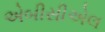
એબીસીએલ